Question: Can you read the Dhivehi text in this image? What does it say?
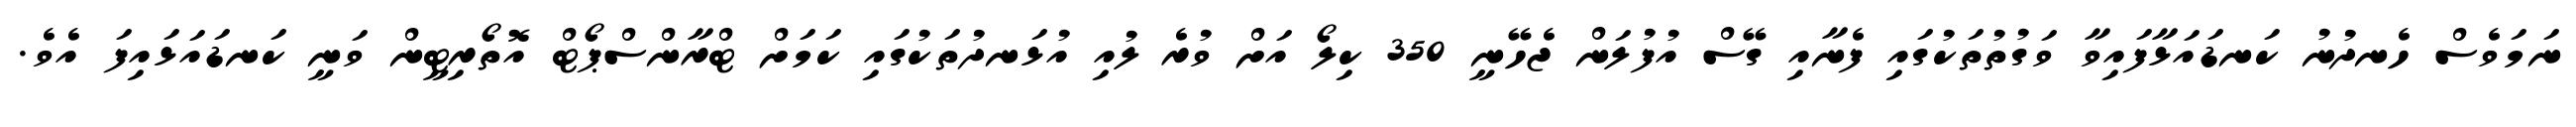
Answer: ނަމަވެސް ހެނދުނު ކަނޑައަޅާފައިވާ ވަގުތުތަކުގައި ފެނާއި ގޭސް އުފުލަން ޖެހޭނީ 350 ކިލޯ އަށް ވުރެ ލުއި އުޅަނދުތަކުގައި ކަމަށް ޓްރާންސްޕޯޓް އޮތޯރިޓީން ވަނީ ކަނޑައަޅައިފަ އެވެ.